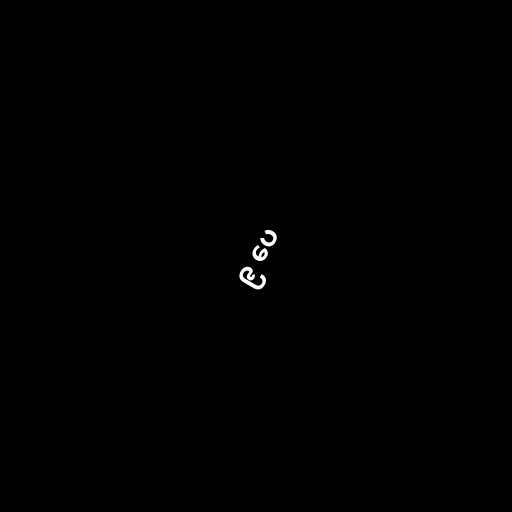
၉ ပေ